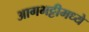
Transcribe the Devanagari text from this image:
आगभट्टीमध्ये